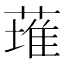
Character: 𫉊